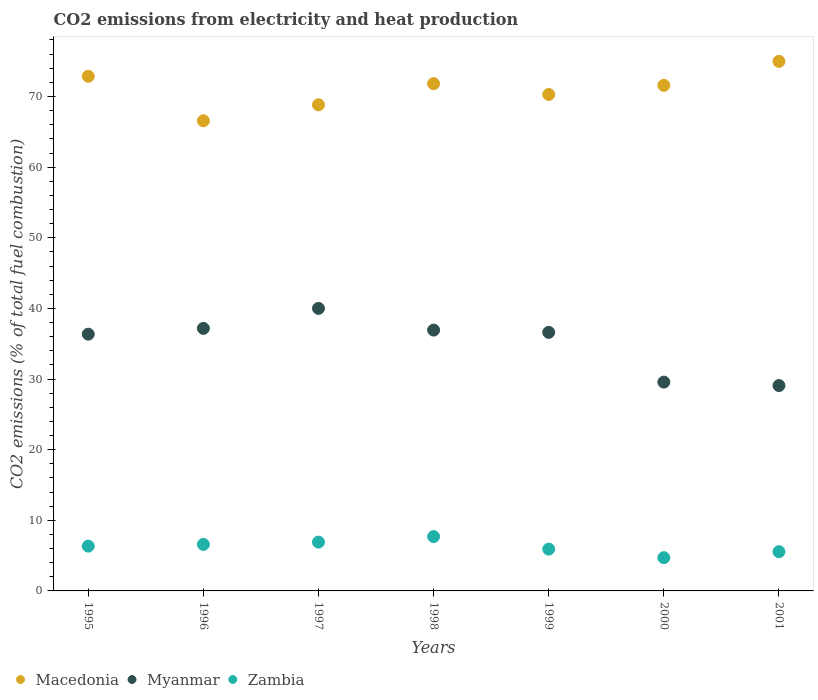
| Years | Macedonia | Myanmar | Zambia |
 | --- | --- | --- | --- |
 | 1995 | 72.9 | 36.4 | 6.34 |
 | 1996 | 66.6 | 37.2 | 6.59 |
 | 1997 | 68.8 | 40 | 6.91 |
 | 1998 | 71.8 | 36.9 | 7.69 |
 | 1999 | 70.3 | 36.6 | 5.92 |
 | 2000 | 71.6 | 29.6 | 4.71 |
 | 2001 | 75 | 29.1 | 5.56 |